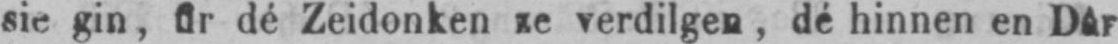
sie gin, fir dé Zeidonken ze verdilgen, dé hinnen en Dâr